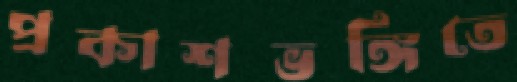
প্রকাশভঙ্গিতে